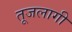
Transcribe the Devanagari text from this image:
तूजलागी